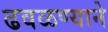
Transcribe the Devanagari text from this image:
ढवळण्याने